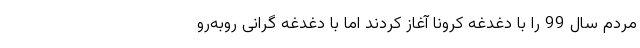
مردم سال 99 را با دغدغه کرونا آغاز کردند اما با دغدغه گرانی روبه‌رو